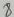
Text: 3